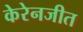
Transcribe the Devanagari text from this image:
केरेनजीत